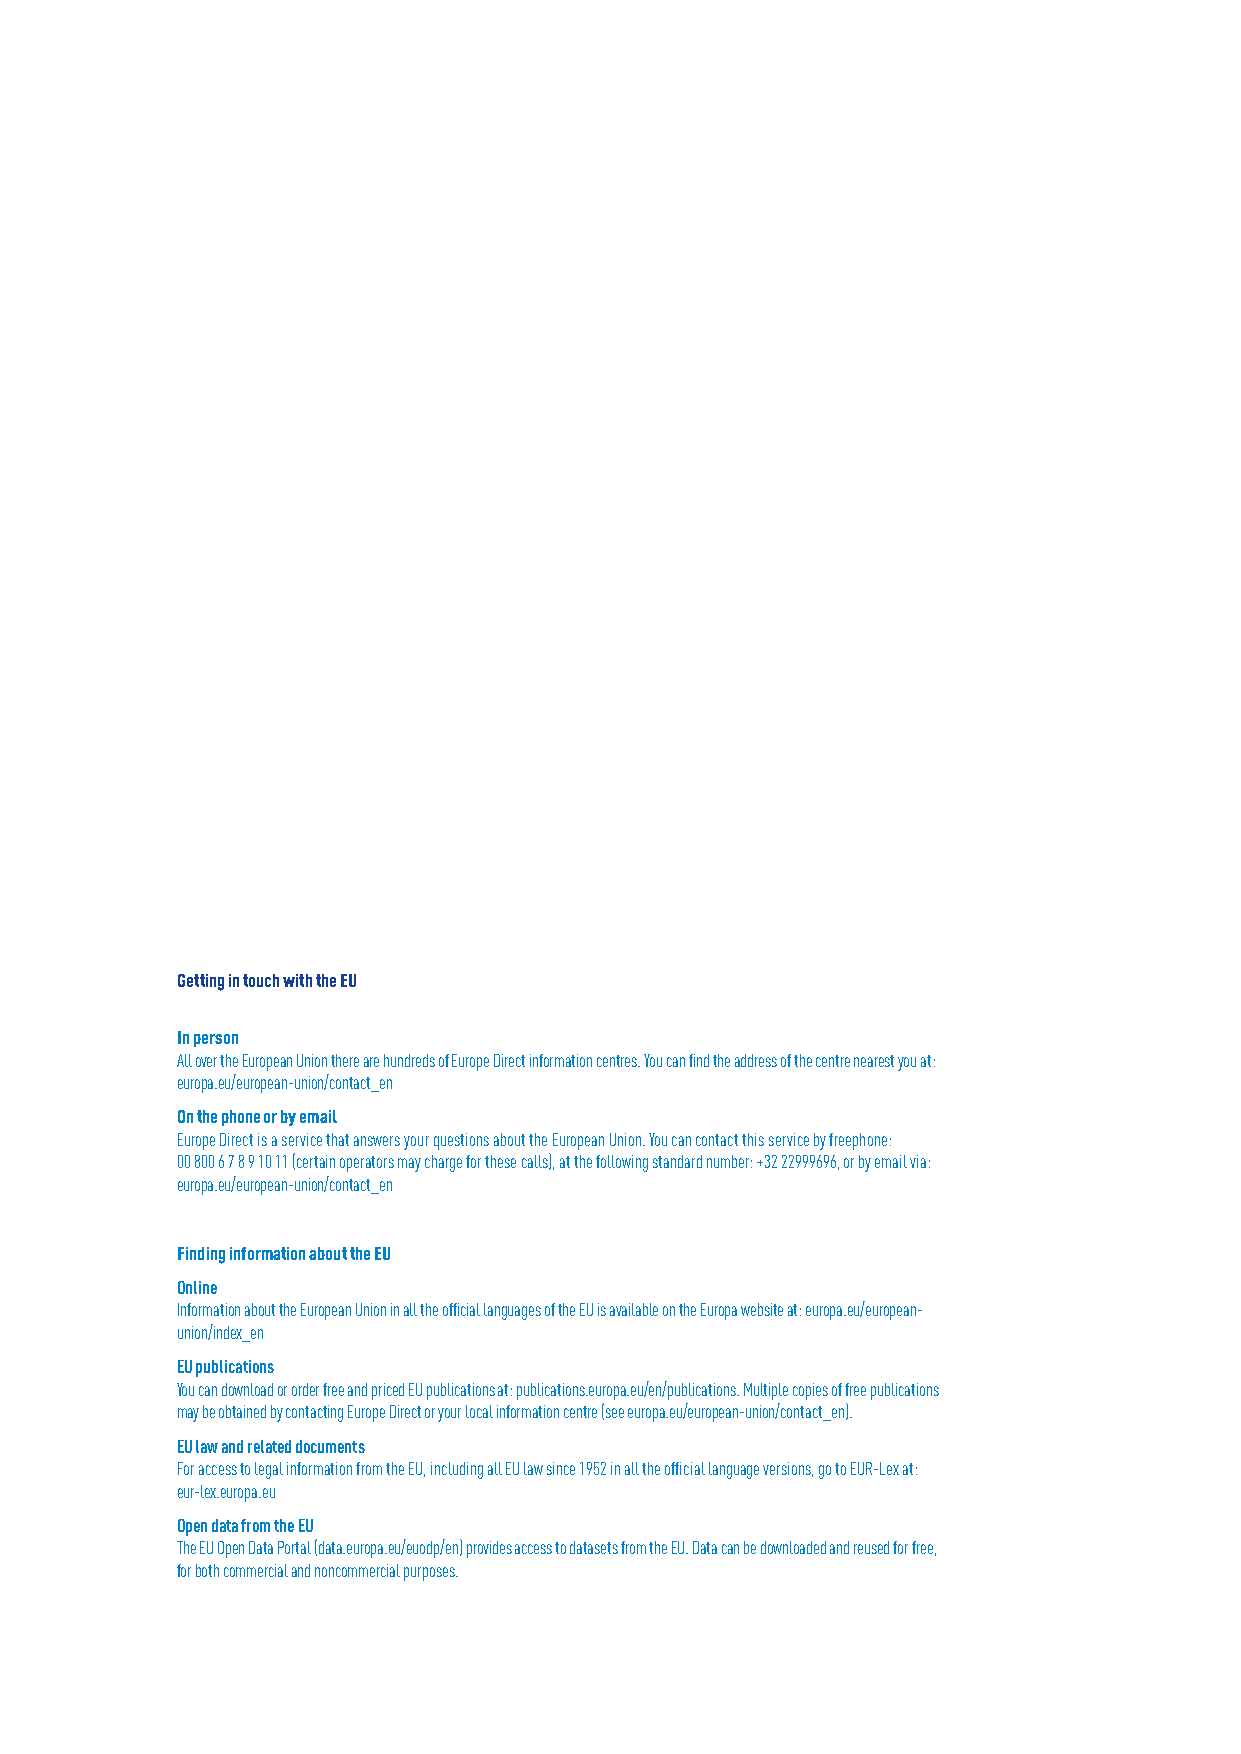
Getting in touch with the EU
 In person
 All over the European Union there are hundreds of Europe Direct information centres. You can find the address of the centre nearest you at:
 europa.eu/european-union/contact_en
 On the phone or by email
 Europe Direct is a service that answers your questions about the European Union. You can contact this service by freephone:
 00 800 6 7 8 9 10 11 (certain operators may charge for these calls), at the following standard number: +32 22999696, or by email via:
 europa.eu/european-union/contact_en
 Finding information about the EU
 Online
 Information about the European Union in all the official languages of the EU is available on the Europa website at: europa.eu/european-
 union/index_en
 EU publications
 You can download or order free and priced EU publications at: publications.europa.eu/en/publications. Multiple copies of free publications
 may be obtained by contacting Europe Direct or your local information centre (see europa.eu/european-union/contact_en).
 EU law and related documents
 For access to legal information from the EU, including all EU law since 1952 in all the official language versions, go to EUR-Lex at:
 eur-lex.europa.eu
 Open data from the EU
 The EU Open Data Portal (data.europa.eu/euodp/en) provides access to datasets from the EU. Data can be downloaded and reused for free,
 for both commercial and noncommercial purposes.